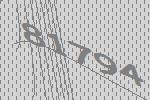
81794